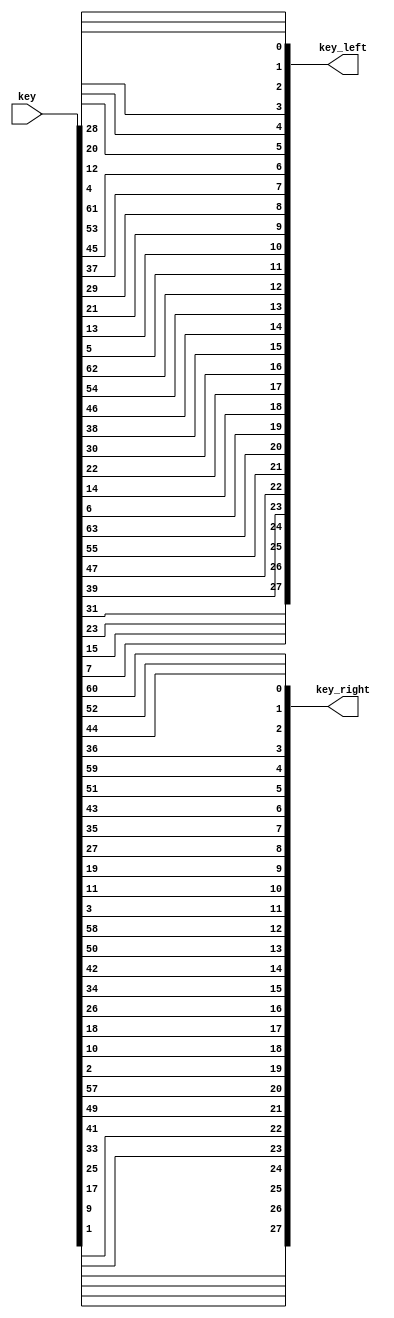
`timescale 1ns / 1ps
//////////////////////////////////////////////////////////////////////////////////
// Company: 
// Engineer: 
// 
// Design Name: 
// Module Name: Permuted_choice1
// Project Name: 
// Target Devices: 
// Tool Versions: 
// Description: 
// 
// Dependencies: 
// 
// Revision:
// Revision 0.01 - File Created
// Additional Comments:
// 
//////////////////////////////////////////////////////////////////////////////////


module Permuted_choice1(key, key_left, key_right);
    input [1:64]key;
    output [0:27]key_left,key_right;
    assign key_left=
    {key[57],
    key[49],
    key[41],
    key[33],
    key[25],
    key[17],
    key[9],
    key[1],
    key[58],
    key[50],
    key[42],
    key[34],
    key[26],
    key[18],
    key[10],
    key[2],
    key[59],
    key[51],
    key[43],
    key[35],
    key[27],
    key[19],
    key[11],
    key[3],
    key[60],
    key[52],
    key[44],
    key[36]};
    assign key_right=
    {key[63],
    key[55],
    key[47],
    key[39],
    key[31],
    key[23],
    key[15],
    key[7],
    key[62],
    key[54],
    key[46],
    key[38],
    key[30],
    key[22],
    key[14],
    key[6],
    key[61],
    key[53],
    key[45],
    key[37],
    key[29],
    key[21],
    key[13],
    key[5],
    key[28],
    key[20],
    key[12],
    key[4]};
endmodule